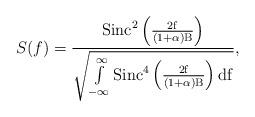
LaTeX: \begin{align*}S_{}(f)=\frac{\rm{Sinc}^2\left(\frac{2 f}{(1+\alpha)B}\right)}{\sqrt{\int\limits_{- \infty}^{\infty} \rm{Sinc}^4\left(\frac{2 f}{(1+\alpha)B}\right) df}},\end{align*}